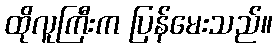
ထိုလူကြီးက ပြန်မေးသည်။